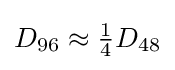
D_{96}\approx {\tfrac {1}{4}}D_{48}